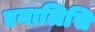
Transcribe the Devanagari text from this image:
एनालिसि